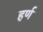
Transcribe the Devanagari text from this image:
हर्ण